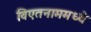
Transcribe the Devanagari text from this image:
विएतनाममध्ये